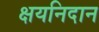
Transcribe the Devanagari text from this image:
क्षयनिदान